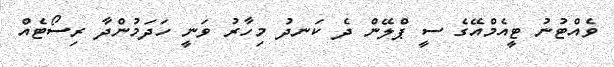
ވެއްޓުނު ޓީއެމްއޭގެ ސީ ޕްލޭން ދެ ކަނދު މިހާރު ވަނީ ހަދަމުންދާ ރިސޯޓެއް